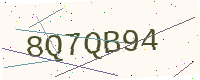
Text: 8Q7QB94